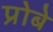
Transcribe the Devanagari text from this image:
प्रोबे